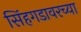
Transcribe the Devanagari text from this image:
सिंहगडावरच्या